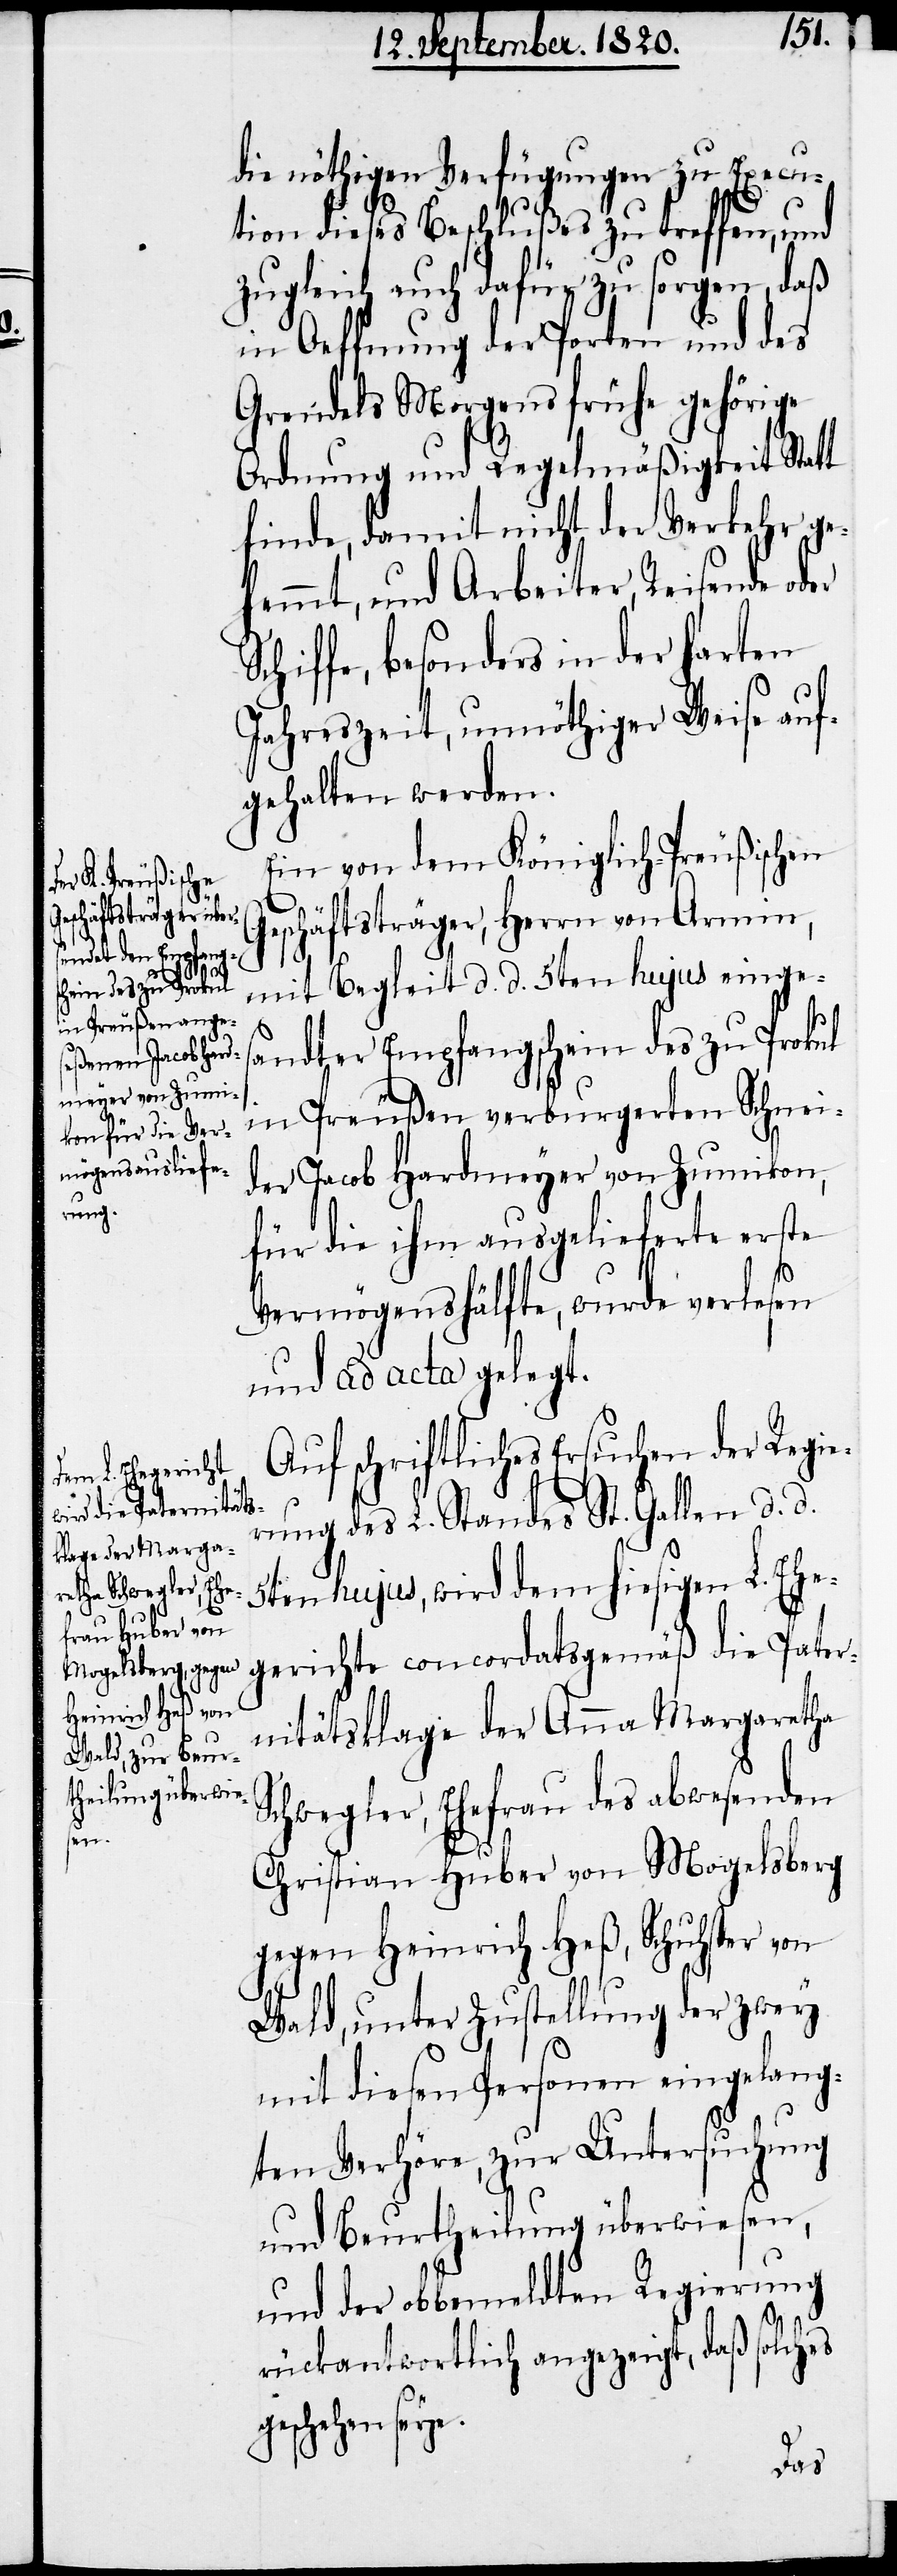
die nöthigen Verfügungen zu Execu¬
tion dieses Beschlußes zu treffen, und
zugleich auch dafür zu sorgen, daß
in Oeffnung der Porten und des
Grendels Morgens frühe gehörige
Ordnung und Regelmäßigkeit Statt
finde, damit nicht der Verkehr ge¬
hemmt, und Arbeiter, Reisende oder
chiffe, besonders in der harten
Jahreszeit, unnöthiger Weise auf¬
gehalten werden.
Ein von dem Königlich-Preußischen
Geschäftsträger, Herrn von Armin,
mit Begleit d. d. 5ten hujus einges¬
andter Empfangschein des zu Prokul
in Preußen verburgerten Schnei¬
der Jacob Hardmeyer von Zumikon,
für die ihm ausgelieferte erste
Vermögenshälfte, wurde verlesen
und ad acta gelegt.
Auf schriftliches Ersuchen der Regie¬
rung des L. Standes St. Gallen d. d.
5ten hujus, wird dem hiesigen L. Ehe¬
gerichte concordatsgemäß die Pater¬
nitätsklage der Anna Margaretha
Schwegler, Ehefrau des abwesenden
Christian Huber von Mogelsberg
gegen Heinrich Heß, Schuhster von
Wald, unter Zustelllung der zwey
mit diesen Personen eingelang¬
ten Verhöre, zur Untersuchung
und Beurtheilung überwiesen,
und der obbemeldten Regierung
rückantwortlich angezeigt, daß solches
S¬
geschehen seye.